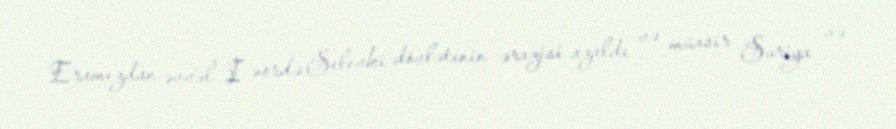
Eramızdan əvvəl I əsrdə Selevki dövlətinin ərazisi azaldı və müasir Suriya və